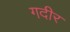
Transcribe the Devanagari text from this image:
गदीर